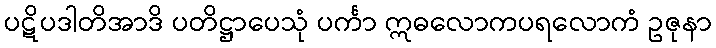
ပဋိပဒါတိအာဒိ ပတိဋ္ဌာပေသုံ ပင်္ကာ ဣဓလောကပရလောကံ ဥဇုနာ